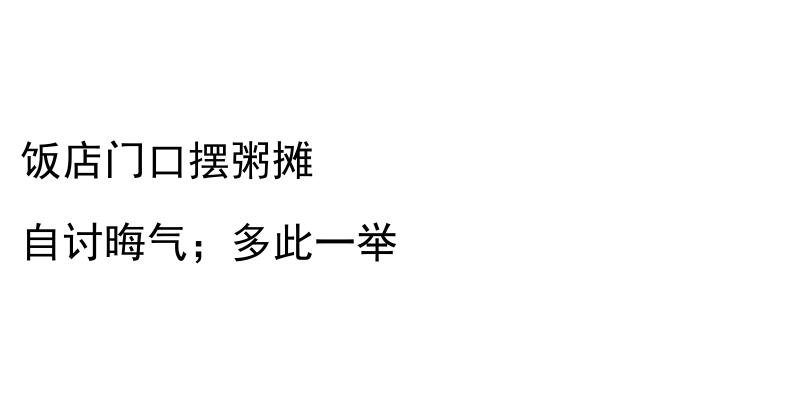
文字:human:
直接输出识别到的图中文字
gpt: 饭店门口摆粥摊 自讨晦气；多此一举